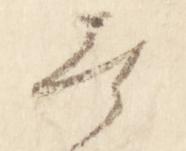
無